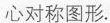
心对称图形.